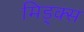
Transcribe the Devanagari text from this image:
मिड्क्स